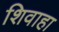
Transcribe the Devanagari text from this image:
शिवाहा